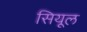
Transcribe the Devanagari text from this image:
सियूल